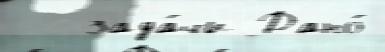
 - зада́чи Дано́